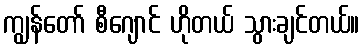
ကျွန်တော် စီဂျောင် ဟိုတယ် သွားချင်တယ်။